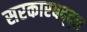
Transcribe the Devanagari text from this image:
सरकारबद्द्ल